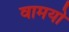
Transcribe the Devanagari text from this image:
वामयो